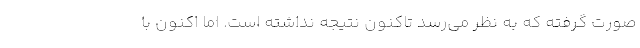
صورت گرفته که به نظر می‌رسد تاکنون نتیجه نداشته است. اما اکنون با